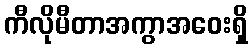
ကီလိုမီတာအကွာအဝေးရှိ